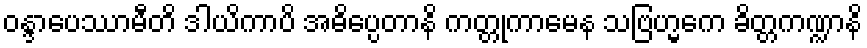
ဝန္ဒာပေဿာမီတိ ဒါယိကာပိ အဓိပ္ပေတာနိ ကတ္တုကာမေန သဗြဟ္မကေ ခိတ္တကဏ္ဍာနိ